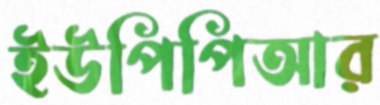
ইউপিপিআর